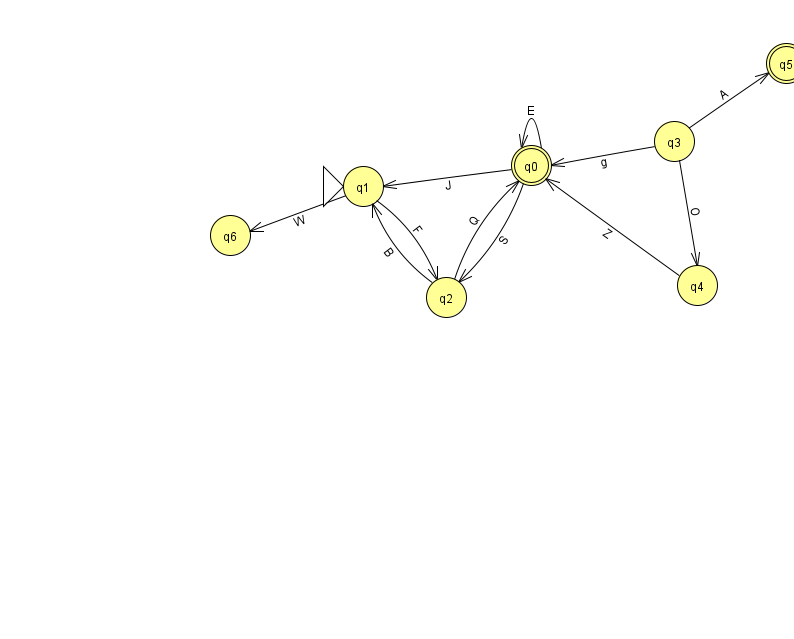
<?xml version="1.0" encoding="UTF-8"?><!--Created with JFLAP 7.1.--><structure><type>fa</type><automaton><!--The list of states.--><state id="0" name="q0"><x>531.0</x><y>152.0</y><final/></state><state id="1" name="q1"><x>363.0</x><y>173.0</y><initial/></state><state id="2" name="q2"><x>446.0</x><y>284.0</y></state><state id="3" name="q3"><x>674.0</x><y>128.0</y></state><state id="4" name="q4"><x>697.0</x><y>272.0</y></state><state id="5" name="q5"><x>786.0</x><y>50.0</y><final/></state><state id="6" name="q6"><x>230.0</x><y>222.0</y></state><!--The list of transitions.--><transition><from>1</from><to>6</to><read>W</read></transition><transition><from>3</from><to>0</to><read>g</read></transition><transition><from>0</from><to>0</to><read>E</read></transition><transition><from>0</from><to>2</to><read>S</read></transition><transition><from>2</from><to>1</to><read>B</read></transition><transition><from>3</from><to>5</to><read>A</read></transition><transition><from>4</from><to>0</to><read>Z</read></transition><transition><from>0</from><to>1</to><read>J</read></transition><transition><from>2</from><to>0</to><read>Q</read></transition><transition><from>1</from><to>2</to><read>F</read></transition><transition><from>3</from><to>4</to><read>O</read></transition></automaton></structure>